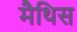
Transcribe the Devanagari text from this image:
मैथिस